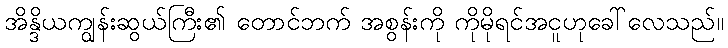
အိန္ဒိယကျွန်းဆွယ်ကြီး၏ တောင်ဘက် အစွန်းကို ကိုမိုရင်အငူဟုခေါ်လေသည်။